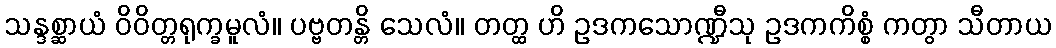
သန္ဒစ္ဆာယံ ဝိဝိတ္တရုက္ခမူလံ။ ပဗ္ဗတန္တိ သေလံ။ တတ္ထ ဟိ ဥဒကသောဏ္ဍီသု ဥဒကကိစ္စံ ကတွာ သီတာယ